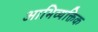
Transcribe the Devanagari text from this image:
आभिव्यक्तिक